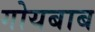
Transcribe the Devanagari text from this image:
गोयबाब